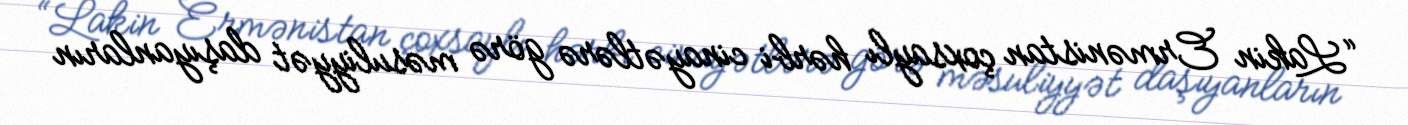
“Lakin Ermənistan çoxsaylı hərbi cinayətlərə görə məsuliyyət daşıyanların